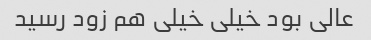
عالی بود خیلی خیلی هم زود رسید